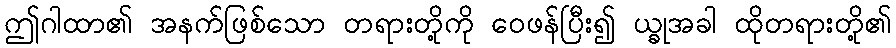
ဤဂါထာ၏ အနက်ဖြစ်သော တရားတို့ကို ဝေဖန်ပြီး၍ ယ္ခုအခါ ထိုတရားတို့၏